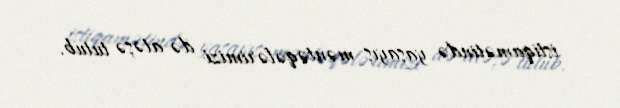
istiqamətində yaşayış məntəqələrimizi də atəşə tutub.